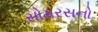
સોમરસનો